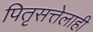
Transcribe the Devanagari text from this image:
पितृसत्तेलाही